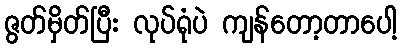
ဇွတ်မှိတ်ပြီး လုပ်ရုံပဲ ကျန်တော့တာပေါ့